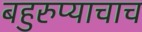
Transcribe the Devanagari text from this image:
बहुरुप्याचाच